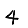
Digit: 4